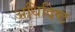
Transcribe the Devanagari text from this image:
अधिदिष्ट